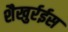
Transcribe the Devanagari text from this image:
शैखुर्रईस